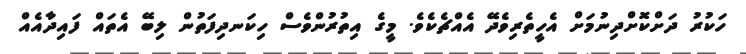
ހަކުރު ދަށްކޮށްދިނުމަށް އެހީތެރިވެދޭ އެއްޗެކެވެ. މީގެ އިތުރުންވެސް ހިކަނދިފަތުން ލިބޭ އެތައް ފައިދާއެއް